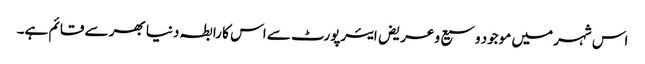
اس شہر میں موجود وسیع و عریض ایئرپورٹ سے اس کا رابطہ دنیا بھر سے قائم ہے۔